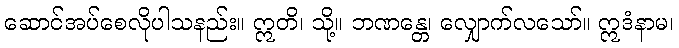
ဆောင်အပ်စေလိုပါသနည်း။ ဣတိ၊ သို့။ ဘဏန္တေ၊ လျှောက်လသော်။ ဣဒံနာမ၊